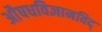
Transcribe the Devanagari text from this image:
अाैषधविज्ञानविद्